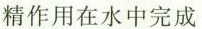
精作用在水中完成